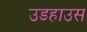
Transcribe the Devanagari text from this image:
उडहाउस